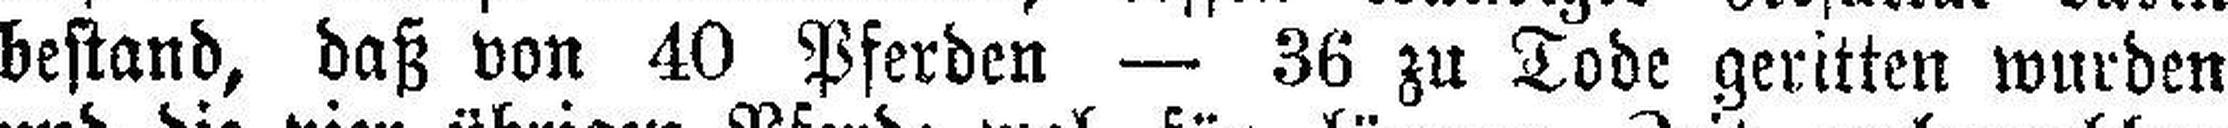
bestand, daß von 40 Pferden — 36 zu Tode geritten wurden